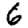
Digit: 6